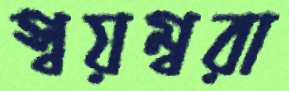
স্বয়ম্বরা